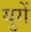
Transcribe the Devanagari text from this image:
युगें